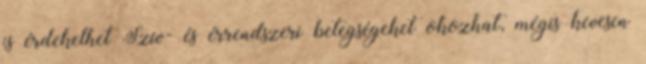
is érdekelhet Szív- és érrendszeri betegségeket okozhat, mégis kevesen